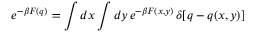
e ^ { - \beta F ( q ) } = \int d x \int d y \, e ^ { - \beta F ( x , y ) } \, \delta [ q - q ( x , y ) ]